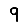
Digit: 9